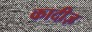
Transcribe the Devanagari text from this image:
कादीज़